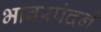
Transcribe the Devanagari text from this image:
भावस्पंदने